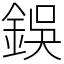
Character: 鋘